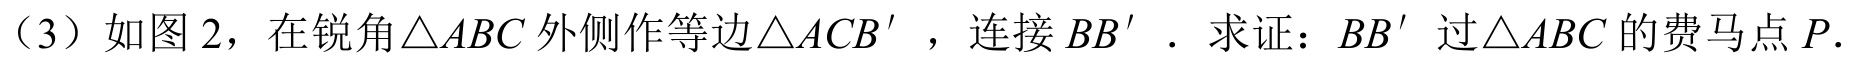
(3) 如图2，在锐角\(\triangle ABC\)外侧作等边\(\triangle ACB'\) ，连接\(BB'\) ．求证：\(BB'\)过\(\triangle ABC\)的费马点\(P\)．